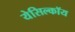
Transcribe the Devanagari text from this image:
येसिल्कॉय